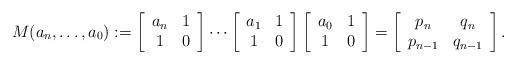
LaTeX: \begin{align*}M(a_n, \ldots, a_0) :=\left[ \begin{array}{cc} a_n & 1 \\ 1 & 0 \end{array} \right]\cdots\left[ \begin{array}{cc} a_1 & 1 \\ 1 & 0 \end{array} \right]\left[ \begin{array}{cc} a_0 & 1 \\ 1 & 0 \end{array} \right] =\left[ \begin{array}{cc} p_n & q_n \\ p_{n-1} & q_{n-1} \end{array}\right] .\end{align*}